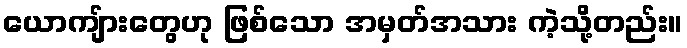
ယောကျ်ားတွေဟု ဖြစ်သော အမှတ်အသား ကဲ့သို့တည်း။